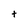
Character: t